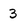
Character: 3